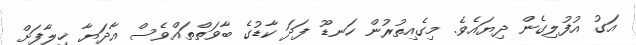
އަގު އުފުލިގެން ދިޔައެވެ. މިގެއިތުރުން ހަނޑޫ ފަދަ ކާޑުގެ ބާވަތްތައްވެސް އާދަޔާ ޚިލާފަށް